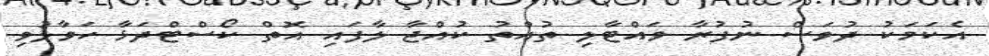
އެކަމަކު ދުވަސް ނުފުރާ ވައްޓާލި ތުއްތު ކުއްޖާ ލާފައި އޮތް ކޯސްޓްދަޅާ ހަވާލުވި